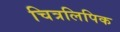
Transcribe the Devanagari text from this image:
चित्रलिपिक